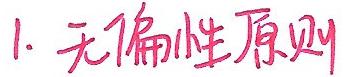
1. 无偏性原则